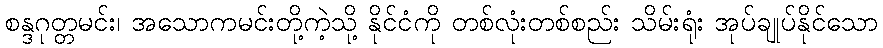
စန္ဒဂုတ္တမင်း၊ အသောကမင်းတို့ကဲ့သို့ နိုင်ငံကို တစ်လုံးတစ်စည်း သိမ်းရုံး အုပ်ချုပ်နိုင်သော